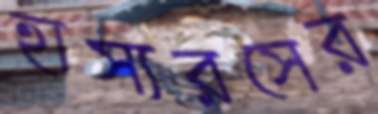
হাস্যরসের